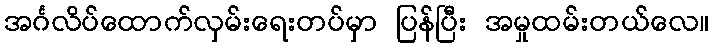
အင်္ဂလိပ်ထောက်လှမ်းရေးတပ်မှာ ပြန်ပြီး အမှုထမ်းတယ်လေ။